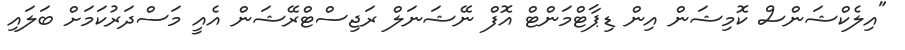
"އިލެކްޝަންސް ކޮމިޝަން އިން ޑިޕާޓްމަންޓް އޮފް ނޭޝަނަލް ރަޖިސްޓްރޭޝަން އެއީ މަސްދަރުކަމަށް ބަލައި